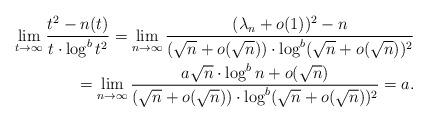
LaTeX: \begin{align*} \lim_{t\to\infty}\frac{t^2-n(t)}{t\cdot\log^bt^2}= \lim_{n\to\infty}\frac{(\lambda_n+o(1))^2-n}{(\sqrt n+o(\sqrt n))\cdot\log^b(\sqrt n+o(\sqrt n))^2}\\= \lim_{n\to\infty}\frac{a\sqrt n\cdot\log^bn+o(\sqrt n)}{(\sqrt n+o(\sqrt n))\cdot\log^b(\sqrt n+o(\sqrt n))^2}=a. \end{align*}